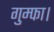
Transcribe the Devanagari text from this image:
गुम्फा।